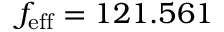
f _ { \mathrm { e f f } } = 1 2 1 . 5 6 1